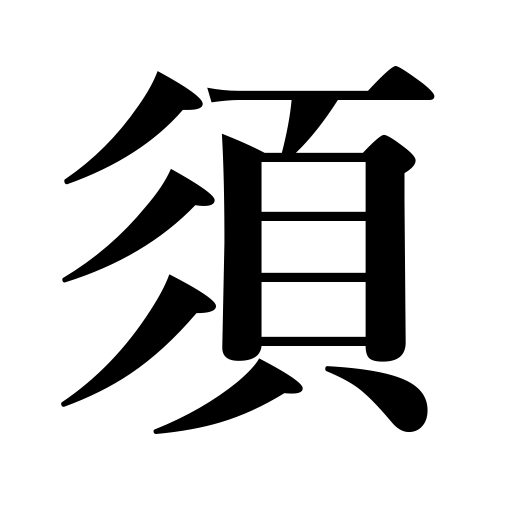
Meanings: by all means,necessarily